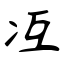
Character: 冱